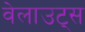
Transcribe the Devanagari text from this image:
वेलाउट्स